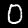
Digit: 0